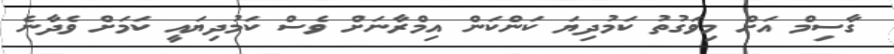
ގާސިމް އަށް މިވަގުތު ކަމުދިޔަ ކަންކަން އިމްރާނަށް ވެސް ކަމުދިޔައީ ކަމަށް ވެދާނެ